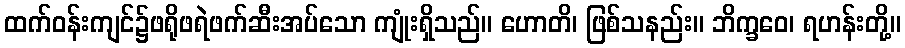
ထက်ဝန်းကျင်၌ဖရိုဖရဲဖက်ဆီးအပ်သော ကျုံးရှိသည်။ ဟောတိ၊ ဖြစ်သနည်း။ ဘိက္ခဝေ၊ ရဟန်းတို့။